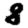
Digit: 8